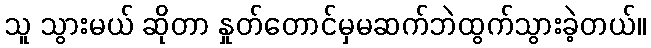
သူ သွားမယ် ဆိုတာ နှုတ်တောင်မှမဆက်ဘဲထွက်သွားခဲ့တယ်။